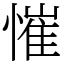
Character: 慛